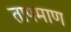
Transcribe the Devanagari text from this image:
तापमाण